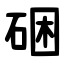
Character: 硱